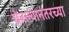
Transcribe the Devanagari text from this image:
घेतल्यानंतरच्या